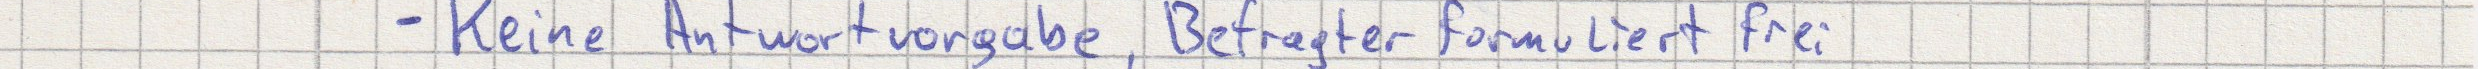
- Keine Antwortvorgabe, Befragter formuliert frei